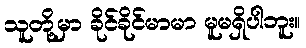
သူတို့မှာ ခိုင်ခိုင်မာမာ မူမရှိပါဘူး။